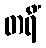
တရိံ